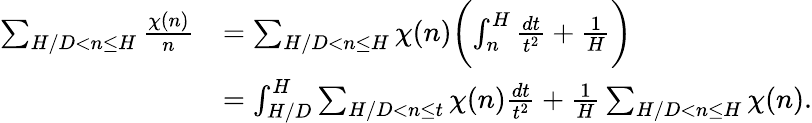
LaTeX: \begin{array}{rl}{\sum_{H/D<n\le H}\frac{\chi(n)}{n}}&{=\sum_{H/D<n\le H}\chi(n)\biggl(\int_{n}^{H}\frac{dt}{t^{2}}+\frac{1}{H}\biggr)}\\ &{=\int_{H/D}^{H}\sum_{H/D<n\le t}\chi(n)\frac{dt}{t^{2}}+\frac{1}{H}\sum_{H/D<n\le H}\chi(n).}\end{array}